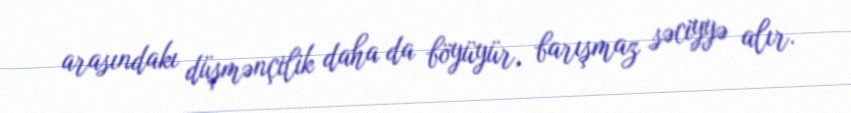
arasındakı düşmənçilik daha da böyüyür, barışmaz səciyyə alır.